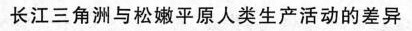
长江三角洲与松嫩平原人类生产活动的差异